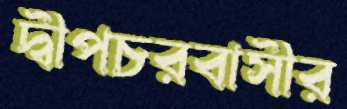
দ্বীপচরবাসীর